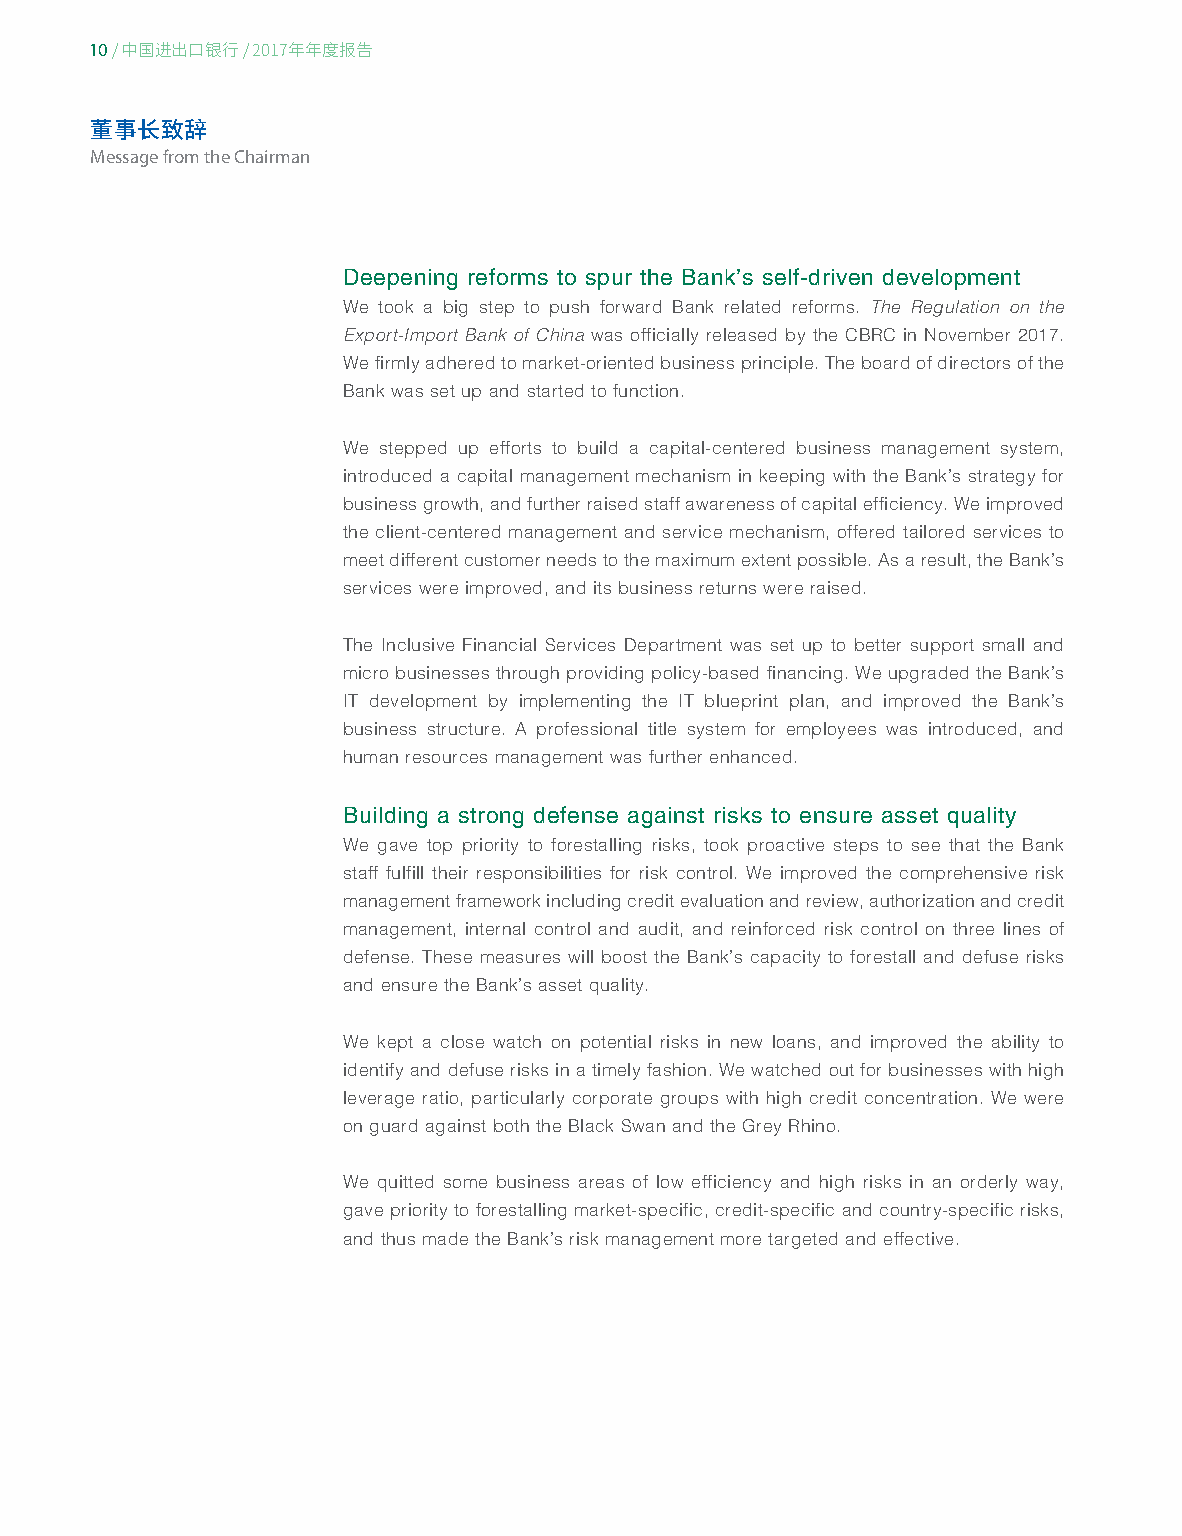
10
 / 中国进出口银行/ 2017年年度报告
 董事长致辞
 Message from the Chairman
 Deepening reforms to spur the Bank’s self-driven development
 We took a big step to push forward Bank related reforms. The Regulation on the
 Export-Import Bank of China was officially released by the CBRC in November 2017.
 We firmly adhered to market-oriented business principle. The board of directors of the
 Bank was set up and started to function.
 We stepped up efforts to build a capital-centered business management system,
 introduced a capital management mechanism in keeping with the Bank’s strategy for
 business growth, and further raised staff awareness of capital efficiency. We improved
 the client-centered management and service mechanism, offered tailored services to
 meet different customer needs to the maximum extent possible. As a result, the Bank’s
 services were improved, and its business returns were raised.
 The Inclusive Financial Services Department was set up to better support small and
 micro businesses through providing policy-based financing. We upgraded the Bank’s
 IT development by implementing the IT blueprint plan, and improved the Bank’s
 business structure. A professional title system for employees was introduced, and
 human resources management was further enhanced.
 Building a strong defense against risks to ensure asset quality
 We gave top priority to forestalling risks, took proactive steps to see that the Bank
 staff fulfill their responsibilities for risk control. We improved the comprehensive risk
 management framework including credit evaluation and review, authorization and credit
 management, internal control and audit, and reinforced risk control on three lines of
 defense. These measures will boost the Bank’s capacity to forestall and defuse risks
 and ensure the Bank’s asset quality.
 We kept a close watch on potential risks in new loans, and improved the ability to
 identify and defuse risks in a timely fashion. We watched out for businesses with high
 leverage ratio, particularly corporate groups with high credit concentration. We were
 on guard against both the Black Swan and the Grey Rhino.
 We quitted some business areas of low efficiency and high risks in an orderly way,
 gave priority to forestalling market-specific, credit-specific and country-specific risks,
 and thus made the Bank’s risk management more targeted and effective.